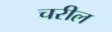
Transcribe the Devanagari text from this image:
चरील